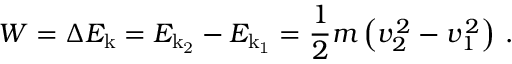
W = \Delta E _ { \mathrm { k } } = E _ { \mathrm { k _ { 2 } } } - E _ { \mathrm { k _ { 1 } } } = { \frac { 1 } { 2 } } m \left( v _ { 2 } ^ { \, 2 } - v _ { 1 } ^ { \, 2 } \right) \, .